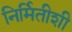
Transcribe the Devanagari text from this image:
निर्मितीशी